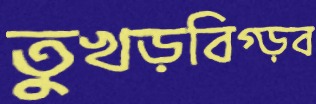
তুখড়বিগ্‌ড়ব